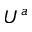
U ^ { a }